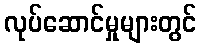
လုပ်ဆောင်မှုများတွင်